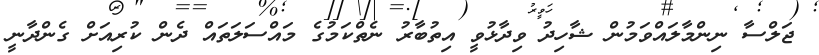
ޖަލްސާ ނިންމާލައްވަމުން ޝާހިދު ވިދާޅުވީ އިތުބާރު ނެތްކަމުގެ މައްސަލަތައް ދެން ކުރިއަށް ގެންދާނީ